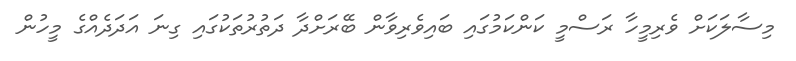
މިސާލަކަށް ވެރިމީހާ ރަސްމީ ކަންކަމުގައި ބައިވެރިވާން ބޭރަށްދާ ދަތުރުތަކުގައި ގިނަ އަދަދެއްގެ މީހުން